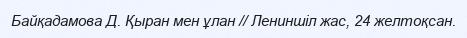
Байқадамова Д. Қыран мен ұлан // Лениншіл жас, 24 желтоқсан.